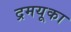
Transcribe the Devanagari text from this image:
द्रमयूका